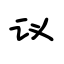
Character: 议